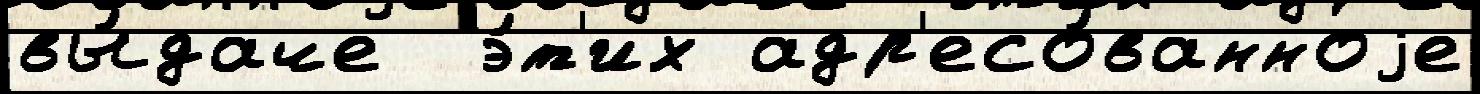
вы́даче  э́т'их адр'есо́ванноjе